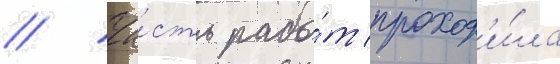
// Ча́сть рабо́т проход'и́ла